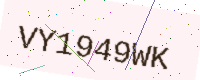
Text: VY1949WK